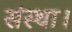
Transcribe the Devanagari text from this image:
संस्था।